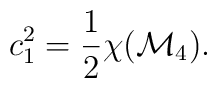
c_{1}^{2} = \frac{1}{2} \chi ({\cal M}_{4}).